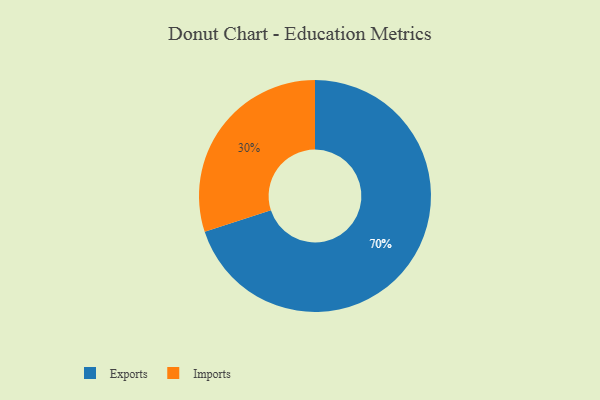
{"axis": {"x": "Category", "y": "Percentage"}, "legend": ["Exports", "Imports"], "data": [{"x": "Exports", "y": 70, "type": "Exports"}, {"x": "Imports", "y": 30, "type": "Imports"}]}